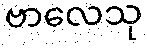
ဗာလေသု